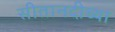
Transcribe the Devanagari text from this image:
सीतानदीच्या